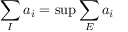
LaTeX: \sum _ { I } a _ { i } = \operatorname* { s u p } \sum _ { E } a _ { i }